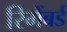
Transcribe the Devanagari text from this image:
रिमेंबर्ड